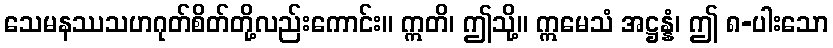
သေမနဿသဟဂုတ်စိတ်တို့လည်းကောင်း။ ဣတိ၊ ဤသို့။ ဣမေသံ အဋ္ဌန္နံ၊ ဤ ၈-ပါးသော